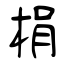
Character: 梋